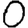
Digit: 0